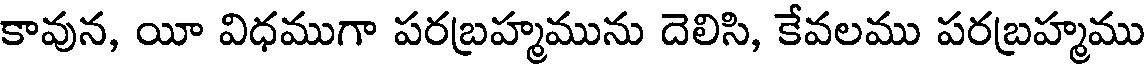
కావున, యీ విధముగా పరబ్రహ్మమును దెలిసి, కేవలము పరబ్రహ్మము